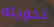
تحويله